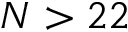
N > 2 2